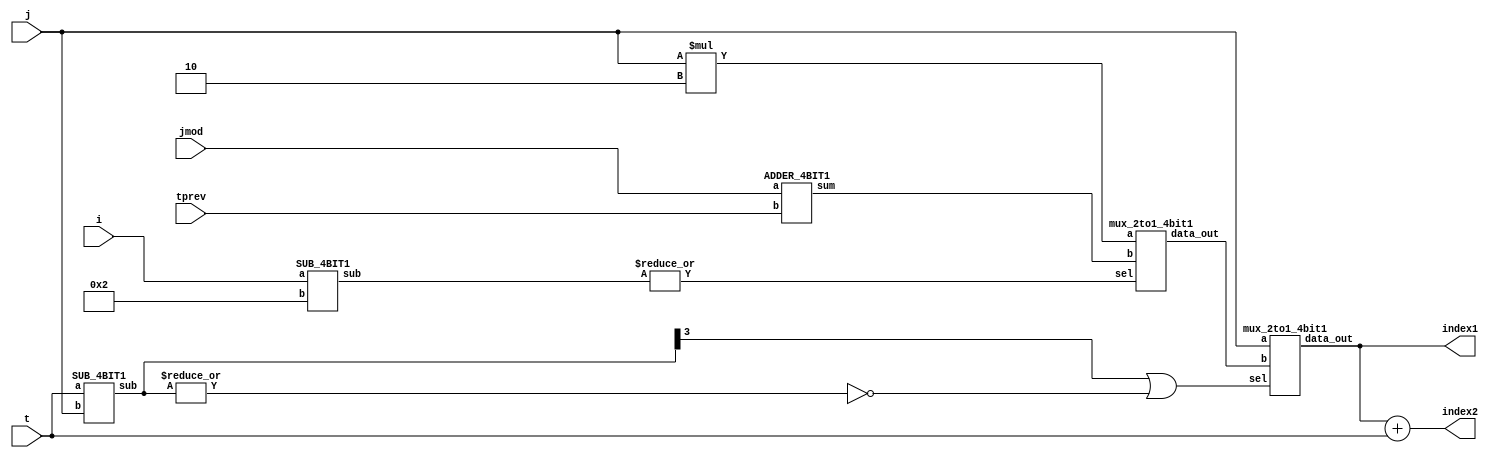

module index_GEN(j,t,i,jmod,tprev,index1,index2);

input [4:0] j;
input [4:0] t;
input [4:0] i;
input [4:0] jmod;
input [4:0] tprev;
output [4:0] index1;
output [4:0] index2;

wire [4:0] w1,w6,w7,w9,w10;
wire w2,w3,w4,w5,w8;

SUB_4BIT1 SUB1(t,j,w1);
assign w2 = w1[3];
assign w3 = |w1;
assign w4 = ~w3;
or OR1(w5,w2,w4);
assign w8 = |w7;
assign w6 = j*2;

SUB_4BIT1 SUB2(i,5'b00010,w7);

ADDER_4BIT1 ADD1(jmod,tprev,w9);

mux_2to1_4bit1 MUX1(w6,w9,w8,w10);
mux_2to1_4bit1 MUX2(j,w10,w5,index1);

assign index2 = index1 + t;

endmodule


module mux_2to1_4bit1(a,b,sel,data_out);


input [4:0] a;
input [4:0] b;
input sel;

output [4:0] data_out;

assign data_out = sel ? b:a;

endmodule

module SUB_4BIT1(a,b,sub);

input [4:0] a;
input [4:0] b;

output [4:0] sub;


assign sub = a-b;

endmodule

module ADDER_4BIT1(a,b,sum);

input [4:0] a;
input [4:0] b;

output [4:0] sum;


assign sum = a+b;

endmodule